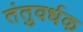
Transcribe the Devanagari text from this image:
तंतुवर्धक